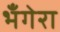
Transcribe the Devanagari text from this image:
भँगेरा